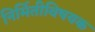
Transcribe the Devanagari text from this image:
निर्मितीविषयक